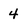
Character: 4